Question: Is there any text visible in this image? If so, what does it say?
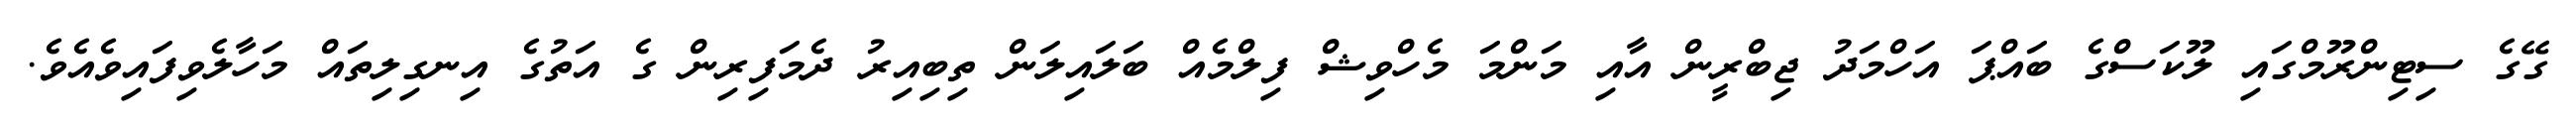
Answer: ގޭގެ ސިޓިންރޫމްގައި ލޫކަސްގެ ބައްޕަ އަހްމަދު ޖިބްރީން އާއި މަންމަ މެހްވިޝް ފިލްމެއް ބަލައިލަން ތިބިއިރު ދެމަފިރިން ގެ އަތުގެ އިނގިލިތައް މަހާލެވިފައިވެއެވެ.